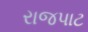
રાજપાટ